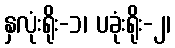
နှလုံးရိုး-၁၊ ပခုံးရိုး-၂၊